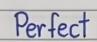
Perfect